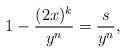
LaTeX: \begin{align*}1-\frac{(2x)^k}{y^n}=\frac{s}{y^n},\end{align*}